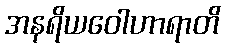
အနရိယဝေါဟာရာတိ